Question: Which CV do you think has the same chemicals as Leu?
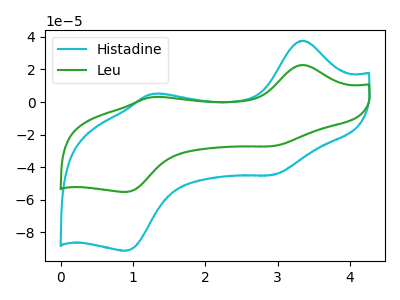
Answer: <think>The cyan curve "Histadine" has anodic peaks at (3.35V, 37.65uA) (1.25V, 5.05uA) and cathodic peaks at (2.95V, -44.70uA) (0.90V, -91.25uA). The green curve "Leu" has anodic peaks at (3.35V, 22.75uA) (1.25V, 3.05uA) and cathodic peaks at (2.95V, -27.05uA) (0.90V, -55.20uA).
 All the peaks in "Histadine" have a peak in "Leu" at the same potential. Every peak in "Histadine" is higher than every peak in "Leu".</think>
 <answer>The CV with the most similar shape to "Histadine" is "Leu".</answer>
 <eval>"Leu"</eval>